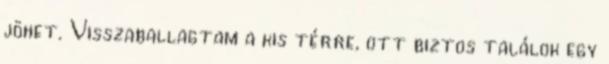
jöhet. Visszaballagtam a kis térre, ott biztos találok egy